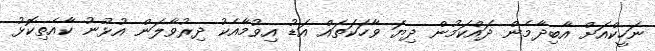
ނަހީކްއަށް އާބިދާމެން ދައްކަމުން ދިޔަ ވާހަކަތައް އަޑު އިވުމާއެކު ދިރުވާލަން އުޅުނު ކާއެތިކޮޅު